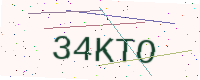
Text: 34KTO